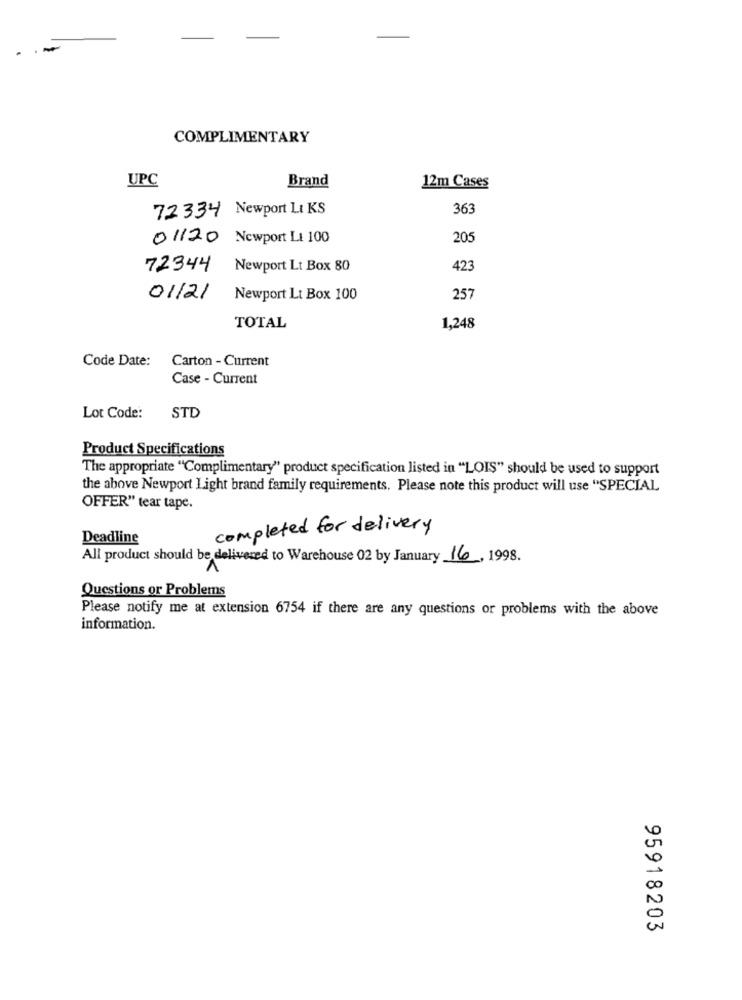
COMPLIMENTARY
UPC
Brand
12m Cases
72334 Newport Li KS
363
01120 Newport Lt 100
20
72344 Newport Lt Box 80
423
01/21
Newport Lt Box 100
257
TOTAL
1,248
Code Date:
Carton - Current
Case - Current
STD
Lot Code:
Product Specifications
The appropriate "Complimentary" product specification listed in "LOIS" should be used to support
the above Newport Light brand family requirements. Please note this product will use "SPECIAL
OFFER" tear tape.
completed for delivery
Deadline
All product should be delivered to Warehouse 02 by January 16, 1998.
Questions or Problems
Please notify me at extension 6754 if there are any questions or problems with the above
information.
95918203